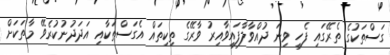
ގަސްތަކުގެ ތެރޭގައި ފެހި ވިނަ ދުއްވާލާފައިވާއިރު ވާރޭގެ ތިކިތައް އެގަސްތަކާއި އަދަދުނުކުރެވޭ މާތަކަށް